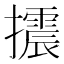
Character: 𢸍